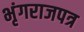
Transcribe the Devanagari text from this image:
भृंगराजपत्र